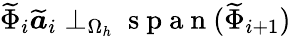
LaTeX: \widetilde{\Phi}_{i}\widetilde{\boldsymbol{a}}_{i}\perp_{\Omega_{h}}\mathrm{~s~p~a~n~}(\widetilde{\Phi}_{i+1})